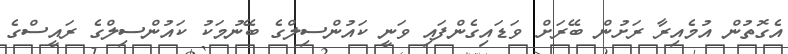
އެގޮތުން އުމެއިރާ ރަށުން ބޭރަށް ވަޑައިގެންފައި ވަނީ ކައުންސިލްގެ ބޭނުމަކު ކައުންސިލްގެ ރައީސްގެ